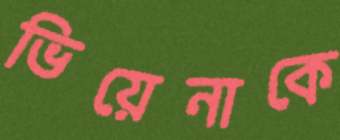
ভিয়েনাকে